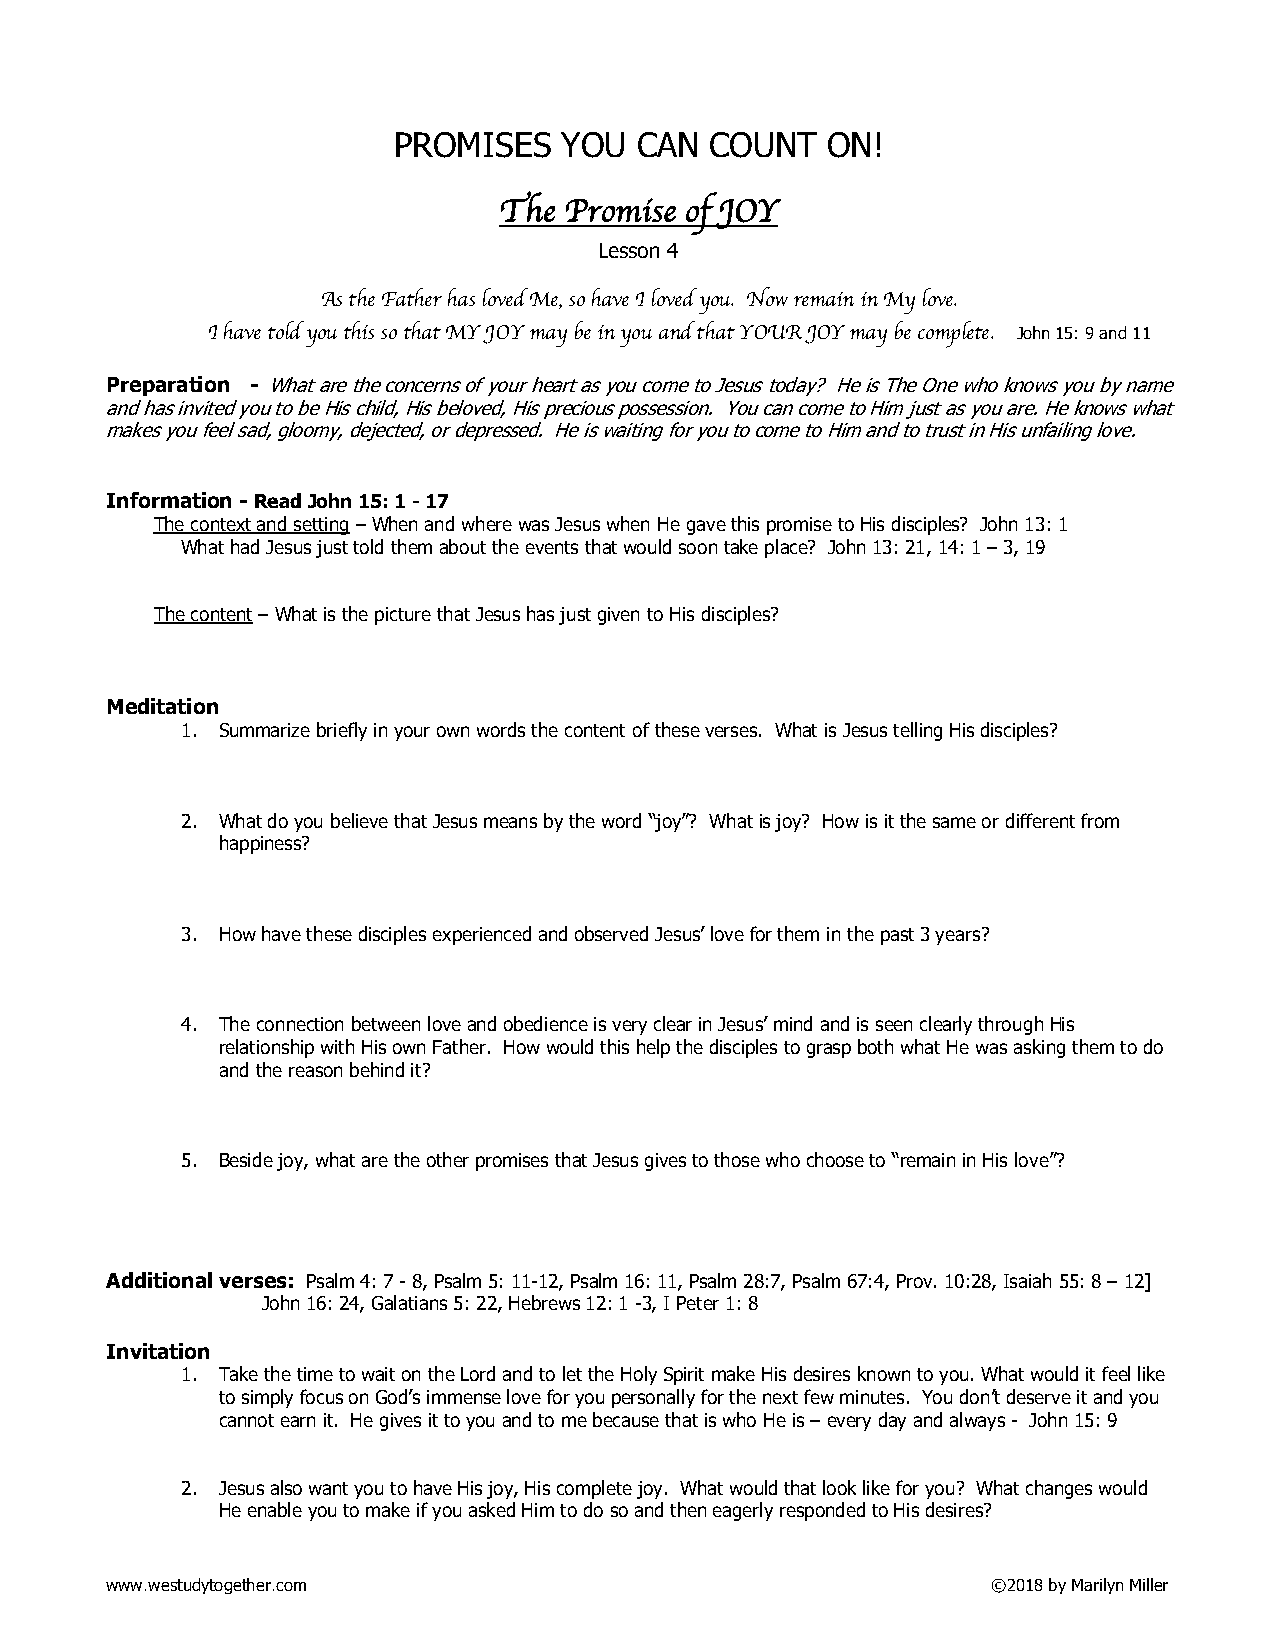
PROMISES   YOU  CAN  COUNT   ON!
 The Promise of JOY
 Lesson 4
 As the Father has loved Me, so have I loved you. Now remain in My love.
 I have told you this so that MY JOY may be in you and that YOUR JOY may be complete. John 15: 9 and 11
 Preparation - What are the concerns of your heart as you come to Jesus today? He is The One who knows you by name
 and has invited you to be His child, His beloved, His precious possession. You can come to Him just as you are. He knows what
 makes you feel sad, gloomy, dejected, or depressed. He is waiting for you to come to Him and to trust in His unfailing love.
 Information - Read John 15: 1 - 17
 The context and setting – When and where was Jesus when He gave this promise to His disciples? John 13: 1
 What had Jesus just told them about the events that would soon take place? John 13: 21, 14: 1 – 3, 19
 The content – What is the picture that Jesus has just given to His disciples?
 Meditation
 1. Summarize briefly in your own words the content of these verses. What is Jesus telling His disciples?
 2. What do you believe that Jesus means by the word “joy”? What is joy? How is it the same or different from
 happiness?
 3. How have these disciples experienced and observed Jesus’ love for them in the past 3 years?
 4. The connection between love and obedience is very clear in Jesus’ mind and is seen clearly through His
 relationship with His own Father. How would this help the disciples to grasp both what He was asking them to do
 and the reason behind it?
 5. Beside joy, what are the other promises that Jesus gives to those who choose to “remain in His love”?
 Additional verses: Psalm 4: 7 - 8, Psalm 5: 11-12, Psalm 16: 11, Psalm 28:7, Psalm 67:4, Prov. 10:28, Isaiah 55: 8 – 12]
 John 16: 24, Galatians 5: 22, Hebrews 12: 1 -3, I Peter 1: 8
 Invitation
 1. Take the time to wait on the Lord and to let the Holy Spirit make His desires known to you. What would it feel like
 to simply focus on God’s immense love for you personally for the next few minutes. You don’t deserve it and you
 cannot earn it. He gives it to you and to me because that is who He is – every day and always - John 15: 9
 2. Jesus also want you to have His joy, His complete joy. What would that look like for you? What changes would
 He enable you to make if you asked Him to do so and then eagerly responded to His desires?
 www.westudytogether.com                                    ©2018 by Marilyn Miller